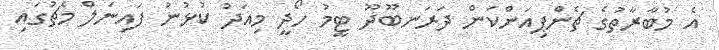
އެ މުބާރާތުގެ ޗެންޕިއަންކަން ދަރަނބޫދޫ ޓީމު ހޯދީ މިއަދު ކުޅުނު ފައިނަލް މެޗުގައި